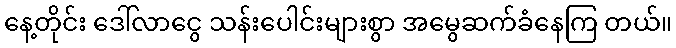
နေ့တိုင်း ဒေါ်လာငွေ သန်းပေါင်းများစွာ အမွေဆက်ခံနေကြ တယ်။